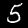
Digit: 5